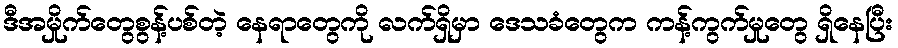
ဒီအမှိုက်တွေစွန့်ပစ်တဲ့ နေရာတွေကို လက်ရှိမှာ ဒေသခံတွေက ကန့်ကွက်မှုတွေ ရှိနေပြီး